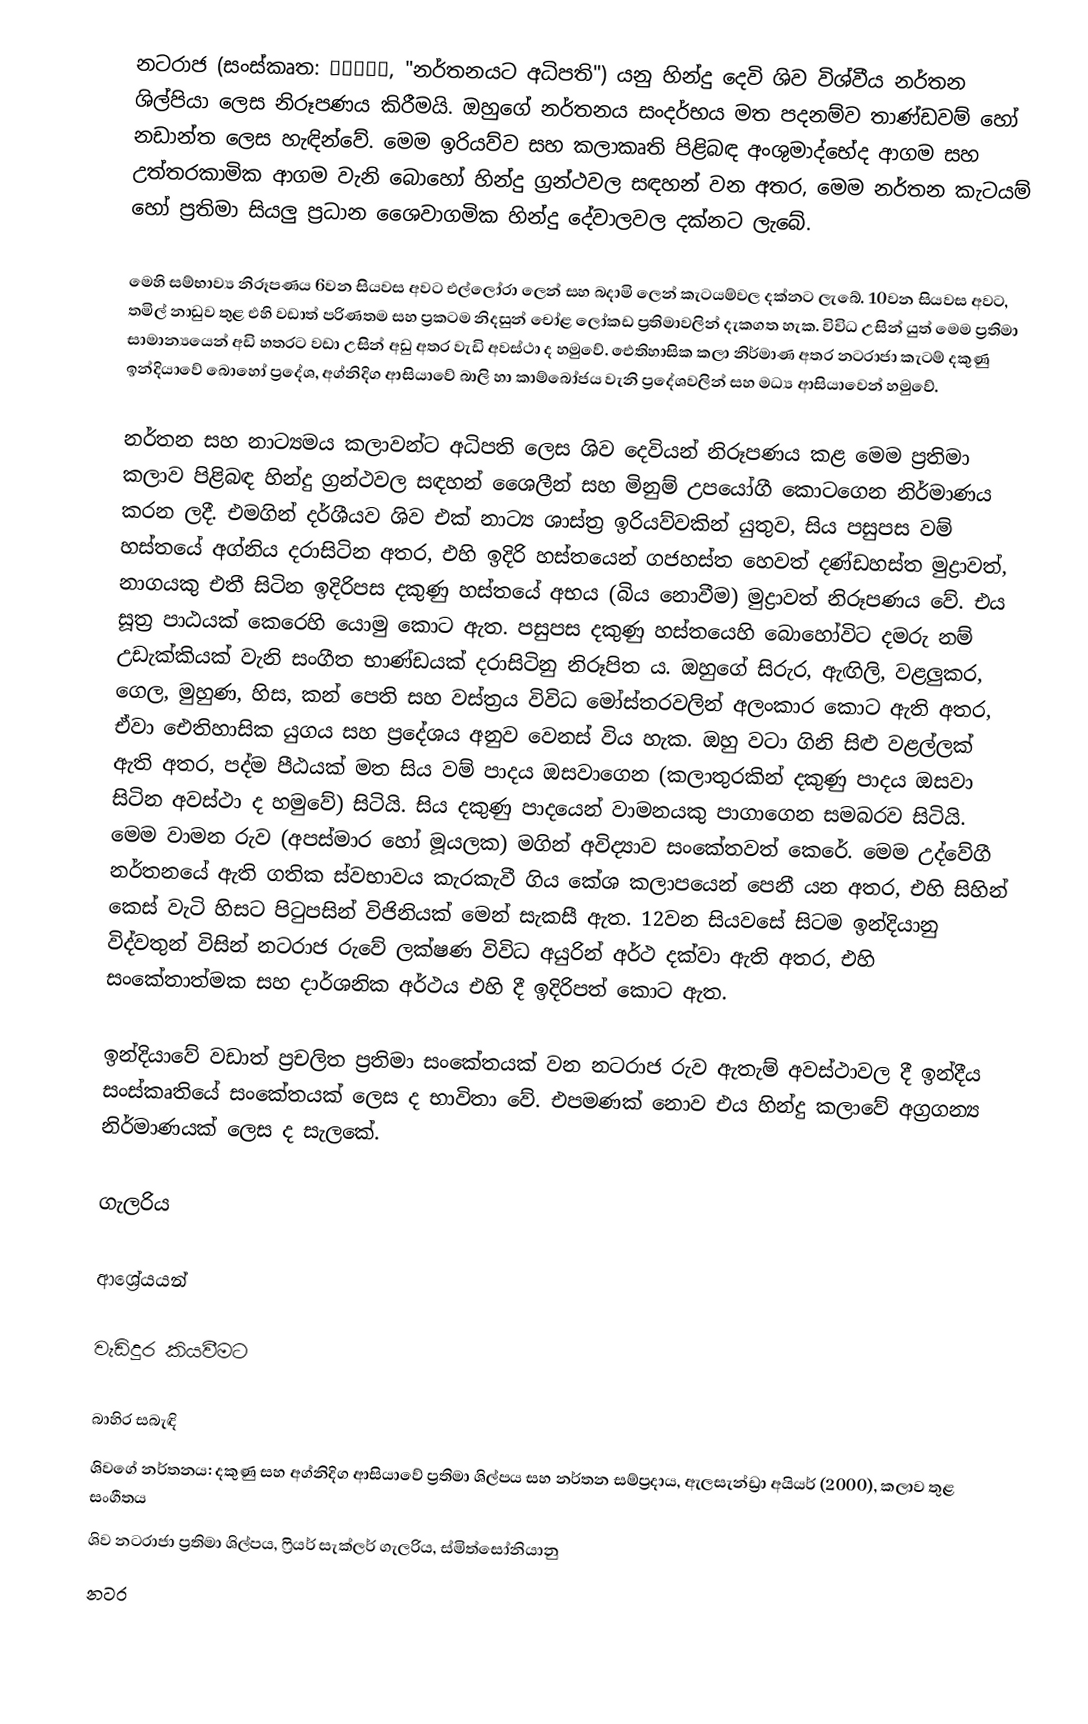
නටරාජ (සංස්කෘත: नटराज, "නර්තනයට අධිපති") යනු හින්දු දෙවි ශිව විශ්වීය නර්තන ශිල්පියා ලෙස නිරූපණය කිරීමයි. ඔහුගේ නර්තනය සංදර්භය මත පදනම්ව තාණ්ඩවම් හෝ නඩාන්ත ලෙස හැඳින්වේ. මෙම ඉරියව්ව සහ කලාකෘති පිළිබඳ අංශුමාද්භේද ආගම සහ උත්තරකාමික ආගම වැනි බොහෝ හින්දු ග්‍රන්ථවල සඳහන් වන අතර, මෙම නර්තන කැටයම් හෝ ප්‍රතිමා සියලු ප්‍රධාන ශෛවාගමික හින්දු දේවාලවල දක්නට ලැබේ.

මෙහි සම්භාව්‍ය නිරූපණය 6වන සියවස අවට එල්ලෝරා ලෙන් සහ බදාමි ලෙන් කැටයම්වල දක්නට ලැබේ. 10වන සියවස අවට, තමිල් නාඩුව තුළ එහි වඩාත් පරිණතම සහ ප්‍රකටම නිදසුන් චෝළ ලෝකඩ ප්‍රතිමාවලින් දැකගත හැක. විවිධ උසින් යුත් මෙම ප්‍රතිමා සාමාන්‍යයෙන් අඩි හතරට වඩා උසින් අඩු අතර වැඩි අවස්ථා ද හමුවේ. ඓතිහාසික කලා නිර්මාණ අතර නටරාජා කැටම් දකුණු ඉන්දියාවේ බොහෝ ප්‍රදේශ, අග්නිදිග ආසියාවේ බාලි හා කාම්බෝජය වැනි ප්‍රදේශවලින් සහ මධ්‍ය ආසියාවෙන් හමුවේ.

නර්තන සහ නාට්‍යමය කලාවන්ට අධිපති ලෙස ශිව දෙවියන් නිරූපණය කළ මෙම ප්‍රතිමා කලාව පිළිබඳ හින්දු ග්‍රන්ථවල සඳහන් ශෛලීන් සහ මිනුම් උපයෝගී කොටගෙන නිර්මාණය කරන ලදී. එමගින් දර්ශීයව ශිව එක් නාට්‍ය ශාස්ත්‍ර ඉරියව්වකින් යුතුව, සිය පසුපස වම් හස්තයේ අග්නිය දරාසිටින අතර, එහි ඉදිරි හස්තයෙන් ගජහස්ත හෙවත් දණ්ඩහස්ත මුද්‍රාවත්, නාගයකු එතී සිටින ඉදිරිපස දකුණු හස්තයේ අභය (බිය නොවීම) මුද්‍රාවත් නිරූපණය වේ. එය සූත්‍ර පාඨයක් කෙරෙහි යොමු කොට ඇත. පසුපස දකුණු හස්තයෙහි බොහෝවිට දමරු නම් උඩැක්කියක් වැනි සංගීත භාණ්ඩයක් දරාසිටිනු නිරූපිත ය. ඔහුගේ සිරුර, ඇඟිලි, වළලුකර, ගෙල, මුහුණ, හිස, කන් පෙති සහ වස්ත්‍රය විවිධ මෝස්තරවලින් අලංකාර කොට ඇති අතර, ඒවා ඓතිහාසික යුගය සහ ප්‍රදේශය අනුව වෙනස් විය හැක. ඔහු වටා ගිනි සිළු වළල්ලක් ඇති අතර, පද්ම පීඨයක් මත සිය වම් පාදය ඔසවාගෙන (කලාතුරකින් දකුණු පාදය ඔසවා සිටින අවස්ථා ද හමුවේ) සිටියි. සිය දකුණු පාදයෙන් වාමනයකු පාගාගෙන සමබරව සිටියි. මෙම වාමන රුව (අපස්මාර හෝ මූයලක) මගින් අවිද්‍යාව සංකේතවත් කෙරේ. මෙම උද්වේගී නර්තනයේ ඇති ගතික ස්වභාවය කැරකැවී ගිය කේශ කලාපයෙන් පෙනී යන අතර, එහි සිහින් කෙස් වැටි හිසට පිටුපසින් විජිනියක් මෙන් සැකසී ඇත. 12වන සියවසේ සිටම ඉන්දියානු විද්වතුන් විසින් නටරාජ රුවේ ලක්ෂණ විවිධ අයුරින් අර්ථ දක්වා ඇති අතර, එහි සංකේතාත්මක සහ දාර්ශනික අර්ථය එහි දී ඉදිරිපත් කොට ඇත.

ඉන්දියාවේ වඩාත් ප්‍රචලිත ප්‍රතිමා සංකේතයක් වන නටරාජ රුව ඇතැම් අවස්ථාවල දී ඉන්දීය සංස්කෘතියේ සංකේතයක් ලෙස ද භාවිතා වේ. එපමණක් නොව එය හින්දු කලාවේ අග්‍රගන්‍ය නිර්මාණයක් ලෙස ද සැලකේ.

ගැලරිය

ආශ්‍රේයයන්

වැඩිදුර කියවීමට

බාහිර සබැඳි
 ශිවගේ නර්තනය: දකුණු සහ අග්නිදිග ආසියාවේ ප්‍රතිමා ශිල්පය සහ නර්තන සම්ප්‍රදාය, ඇලසැන්ඩ්‍රා අයියර් (2000), කලාව තුළ සංගීතය
 ශිව නටරාජා ප්‍රතිමා ශිල්පය, ෆ්‍රියර් සැක්ලර් ගැලරිය, ස්මිත්සෝනියානු
 නටර